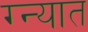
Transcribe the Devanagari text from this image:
ग्न्यात